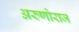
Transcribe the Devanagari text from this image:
अरुणोराज